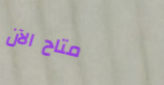
متاح الآن